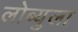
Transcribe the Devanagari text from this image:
लोब्युला